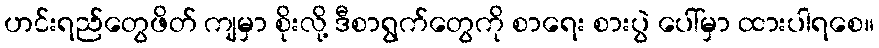
ဟင်းရည်တွေဖိတ် ကျမှာ စိုးလို့ ဒီစာရွက်တွေကို စာရေး စားပွဲ ပေါ်မှာ ထားပါရစေ။